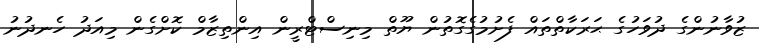
ޒުވާނުންގެ ދުވަހުގެ ޙަރަކާތްތައް ފެށުމުގެގޮތުން ޔޫތް މިނިސްޓްރީން އިންތިޒާމް ކޮށްގެން މިއަދު ހެނދުނު